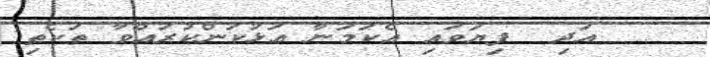
އަދި  ފިޔަވައި އެކަމަނާ އަޅުކަންކުރައްވާ ތަކެތި